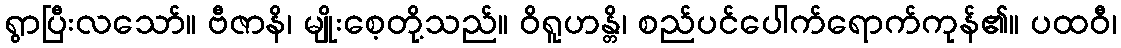
ရွာပြီးလသော်။ ဗီဇာနိ၊ မျိုးစေ့တို့သည်။ ဝိရူဟန္တိ၊ စည်ပင်ပေါက်ရောက်ကုန်၏။ ပထဝီ၊